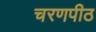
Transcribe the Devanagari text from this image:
चरणपीठ